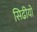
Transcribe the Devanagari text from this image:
सिढीयो